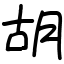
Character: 胡